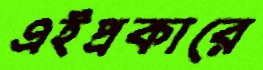
এইপ্রকারে